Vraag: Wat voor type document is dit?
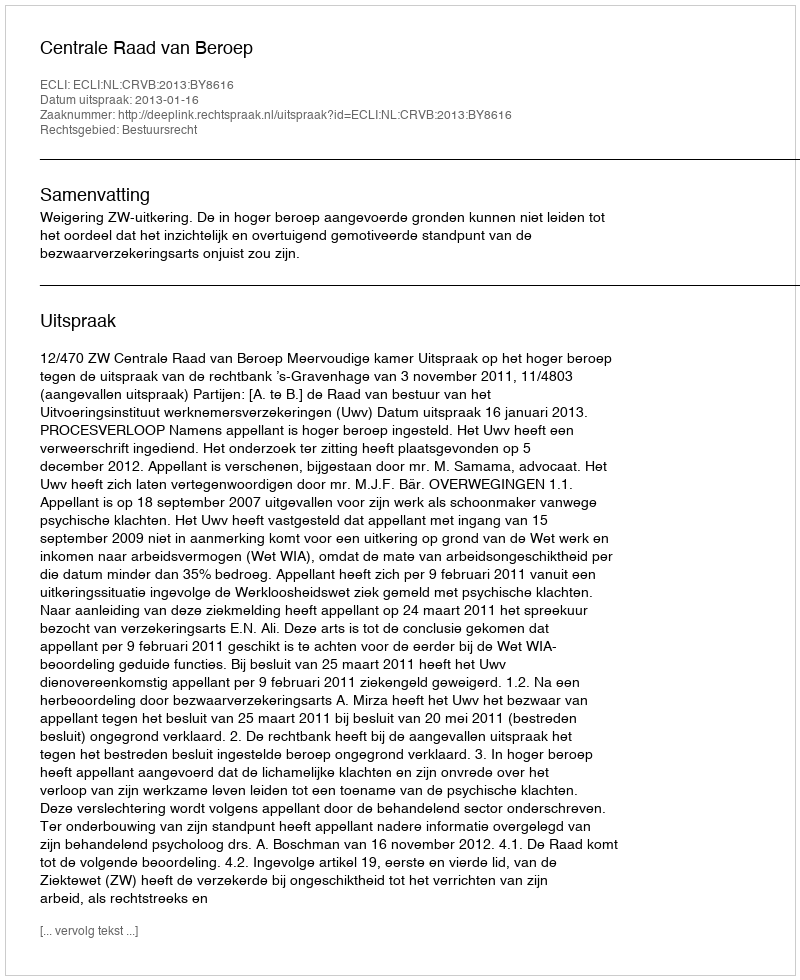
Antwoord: Uitspraak